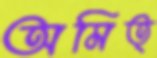
অমিত্